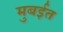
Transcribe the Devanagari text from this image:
मुबईत